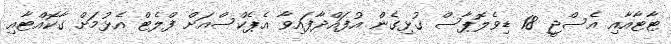
ޓާޓާއާއި އެސްޖީ 18 ޑިވެލޮޕާސް ގުޅިގެން އުފައްދާފައިވާ އެޕެކްސްއަށް ފްލެޓް އެޅުމަށް ގާކޮއްޓާއި